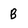
Character: B